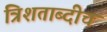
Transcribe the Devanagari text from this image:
त्रिशताब्दीचं